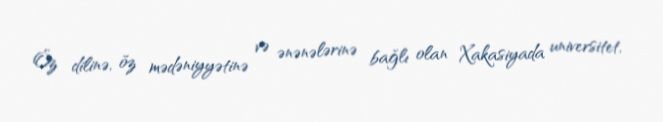
Öz dilinə, öz mədəniyyətinə və ənənələrinə bağlı olan Xakasiyada universitet,